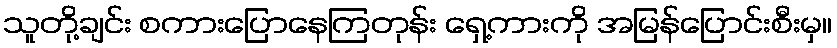
သူတို့ချင်း စကားပြောနေကြတုန်း ရှေ့ကားကို အမြန်ပြောင်းစီးမှ။